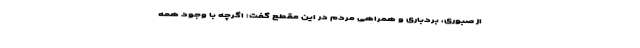
از صبوری، بردباری و همراهی مردم در این مقطع گفت: اگرچه با وجود همه